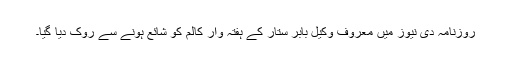
روزنامہ دی نیوز میں معروف وکیل بابر ستار کے ہفتہ وار کالم کو شائع ہونے سے روک دیا گیا۔